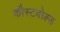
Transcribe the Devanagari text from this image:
कौस्टवोल्ड